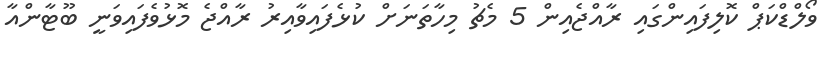
ވޯލްޑްކަޕް ކޮލިފައިންގައި ރާއްޖެއިން 5 މެޗު މިހާތަނަށް ކުޅެފައިވާއިރު ރާއްޖެ މޮޅުވެފައިވަނީ ބޫޓާންއާ